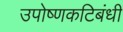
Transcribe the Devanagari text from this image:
उपोष्णकटिबंधी